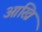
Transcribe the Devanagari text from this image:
आख्रि